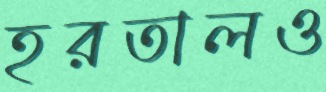
হরতালও